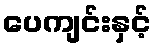
ပေကျင်းနှင့်